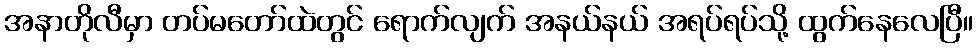
အနာတိုလီမှာ တပ်မတော်ထဲတွင် ရောက်လျက် အနယ်နယ် အရပ်ရပ်သို့ ထွက်နေလေပြီ။